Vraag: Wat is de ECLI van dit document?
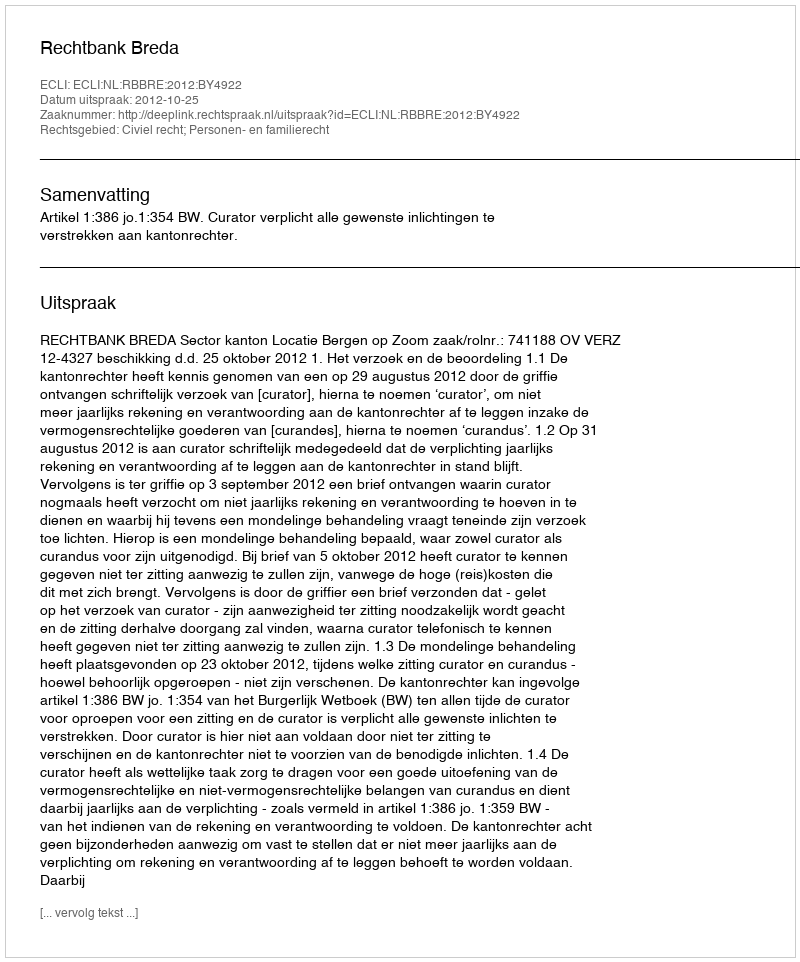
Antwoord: ECLI:NL:RBBRE:2012:BY4922